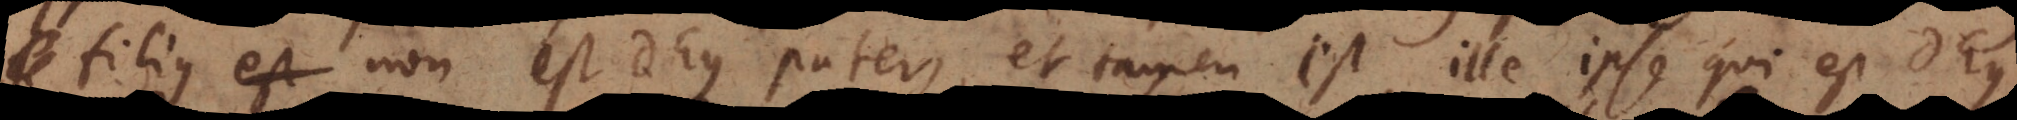
filius non est Deus pater, et tamen est ille ipse qui est Deus